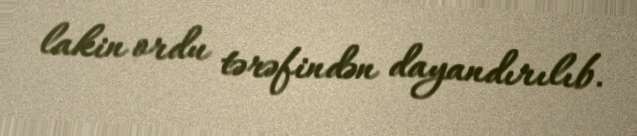
lakin ordu tərəfindən dayandırılıb.